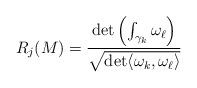
LaTeX: \begin{align*} R_j(M) = \frac{ \det \left( \int_{\gamma_k} \omega_{\ell} \right)}{ \sqrt{ \det \langle \omega_k, \omega_{\ell} \rangle}} \end{align*}